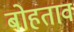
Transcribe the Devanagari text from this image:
बोहताव